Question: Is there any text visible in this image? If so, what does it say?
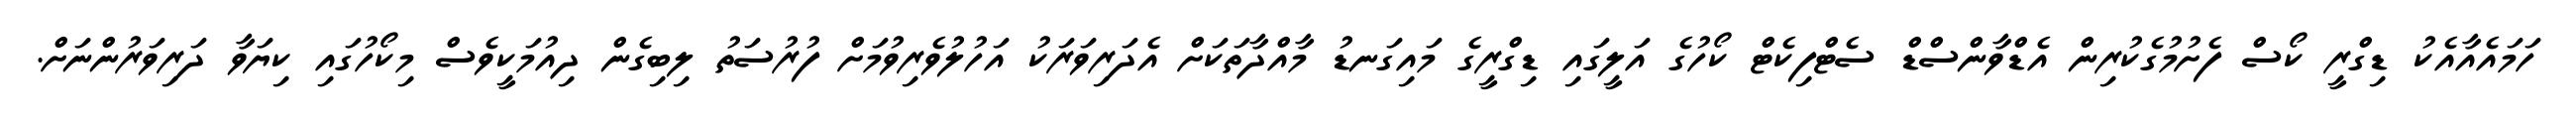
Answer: ހަމައެއާއެކު ޑިގްރީ ކޯސް ފެށުމުގެކުރިން އެޑްވާންސްޑް ސެޓްފިކެޓް ކޯހުގެ އަލީގައި ޑިގްރީގެ މައިގަނޑު މާއްދާތަކަށް އެދަރިވަރަކު އަހުލުވެރިވުމަށް ފުރުސަތު ލިބިގެން ދިއުމަކީވެސް މިކޯހުގައި ކިޔަވާ ދަރިވަރުންނަށް.